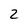
Character: 2